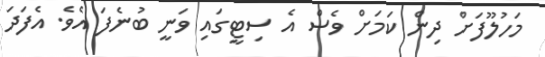
މަހުލޫފަށް ދިން ކަމަށް ވެސް އެ ސިޓީގައި ވަނީ ބުނެފަ އެވެ. އެފަދަ